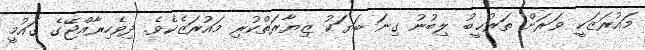
މައުރަޒަކީ ވަރަށް ތަރުޙީބު ލިބުނު ގިނަ ބަޔަކު ޒިޔާރަތްކުރި މައުރަޒެކެވެ. ދިވެހިރާއްޖޭގެ ޤައުމީ